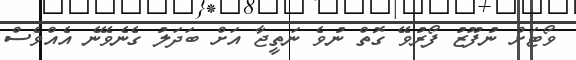
ވޯޓަށް ނުފޫޒު ފޯރުވޭ ގޮތް ނުވެ ނަތީޖާ އަށް ބަދަލު ގެނެވޭނެ އެއްވެސް